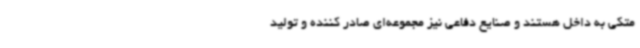
متکی به داخل هستند و صنایع دفاعی نیز مجموعه‌ای صادر کننده و تولید